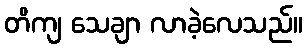
တိကျ သေချာ လာခဲ့လေသည်။